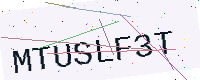
Text: MTUSLF3T